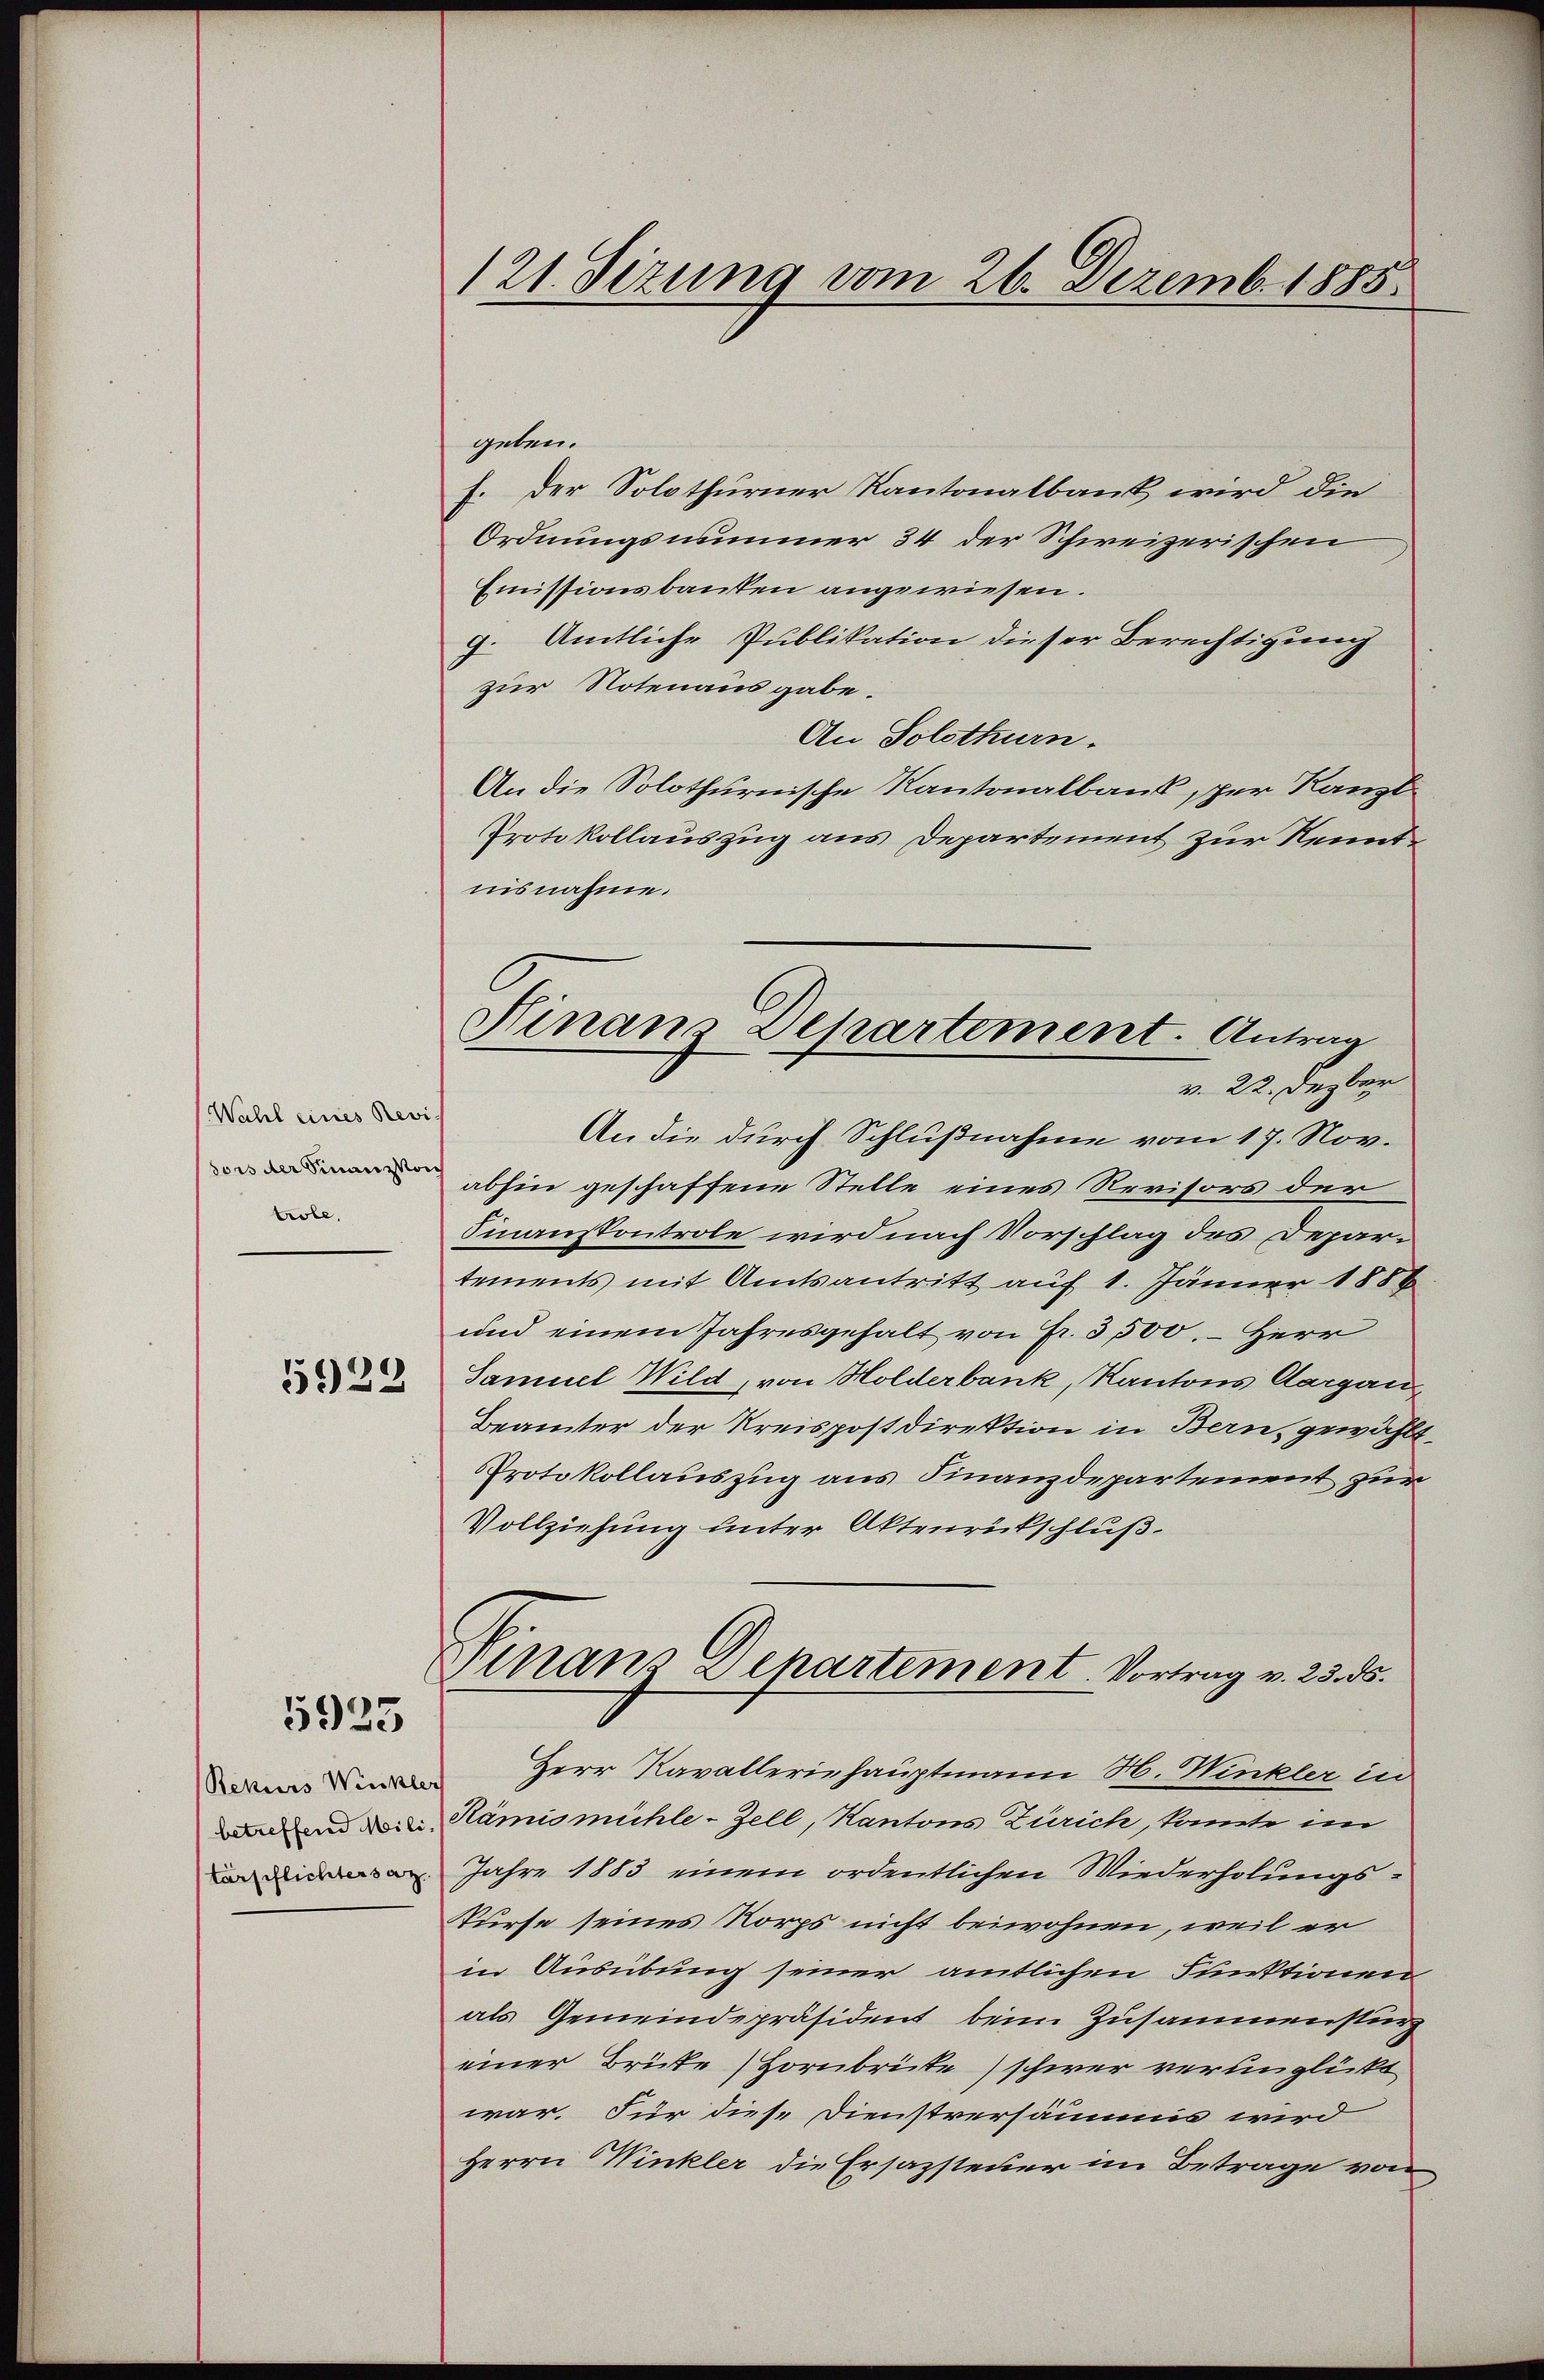
Wahl eines Revis
sors der Finanzkoch
trole,

5922

5925

Rekurs Winkler
betreffend Militärpflichtersatz

121. Sizung vom 26. Dezemb. 1885

Hinaus Departement. Antrag
v. 22. Dezber

geben.
f. Der Solothurner Kantonalbank wird die
Ordnungsnummer 34 der Schweizerischen
Emissionsbanken angewiesen.
9. Amtliche Publikation dieser Berechtigung
zur Notenausgabe.
An Solothurn.
An die Solothurnische Kantonalbank, per Kanzl
Protokollauszug aus Departement zur Kenntnisnahme.
An die durch Schlußnahme vom 17. Nov.
abhin geschaffene Stelle eines Revisors der
Sinauskontrole wird nach Vorschlag des Departements mit Amtsantritt auf 1. Jänner 1886
und einem Jahresgehalt von Fr. 3,500. – Herr
Samuel Wild, von Holderbank, Kantons Aargau,
Beämter der Kreispostdirektion in Bern, gewählt.
Protokollauszug aus Finanzdepartement zur
Vollziehung unter Aktenrütschluß.
Vinanz Denartement. Vortrag v. 23. ds.
Herr Kavalleriehauptmann N. Winkler in
Rämismühle-Zell, Kantons Zürich, konnte im
Jahre 1883 einem ordentlichen Wiederholungs¬
Kurse seines Norps nicht beiwohnen, weil er
in Ausübung seiner amtlichen Funktionen
als Gemeindepräsident beim Zusammensturz
einer Brüte Hornbrüte) schwer verunglickt
war. Für diese Dienstversäumis wird
Herrn Winkler die Ersazsteuer im Betrage von